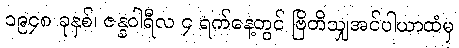
၁၉၄၈ ခုနှစ်၊ ဇန္နဝါရီလ ၄ ရက်နေ့တွင် ဗြိတိသျှအင်ပါယာထံမှ